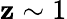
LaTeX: \mathbf{z}\sim1